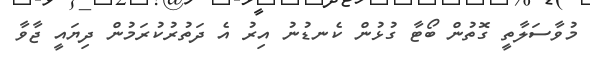
މުވާސަލާތީ ގޮތުން ބޯޓާ ގުޅުން ކެނޑުނު އިރު އެ ދަތުރުކުރަމުން ދިޔައީ ޖާވާ